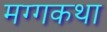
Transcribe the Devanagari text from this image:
मग्गकथा